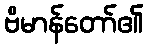
ဗိမာန်တော်၏